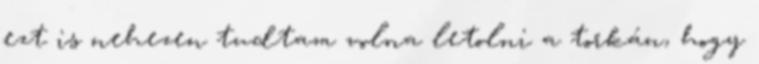
ezt is nehezen tudtam volna letolni a torkán, hogy